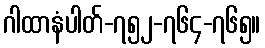
ဂါထာနံပါတ်-၇၅၂-၇၆၄-၇၆၅။